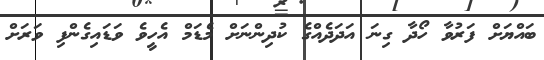
ބައްޔަށް ފަރުވާ ހޯދާ ގިނަ އަދަދެއްގެ ކުދިންނަށް މެޑަމް އެހީވެ ވަޑައިގެންފި ވަރަށް